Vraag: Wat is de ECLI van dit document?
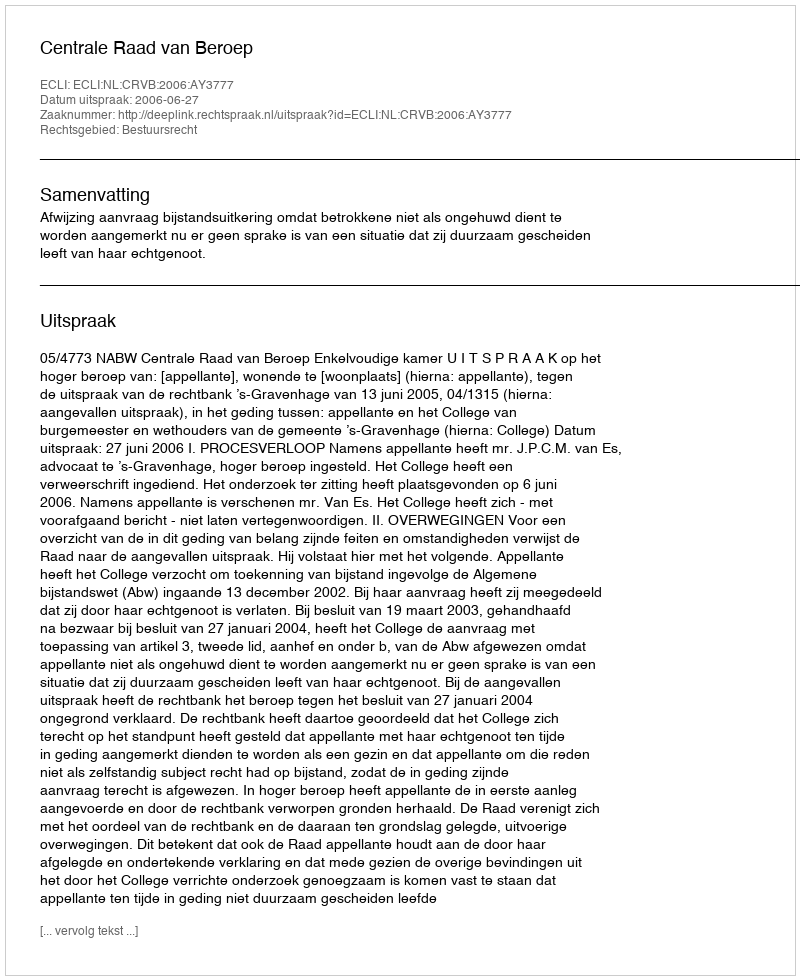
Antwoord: ECLI:NL:CRVB:2006:AY3777